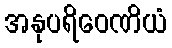
အနုပရိဝေဏိယံ